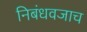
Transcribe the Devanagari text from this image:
निबंधवजाच